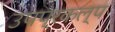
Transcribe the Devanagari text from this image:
उपप्रकल्प